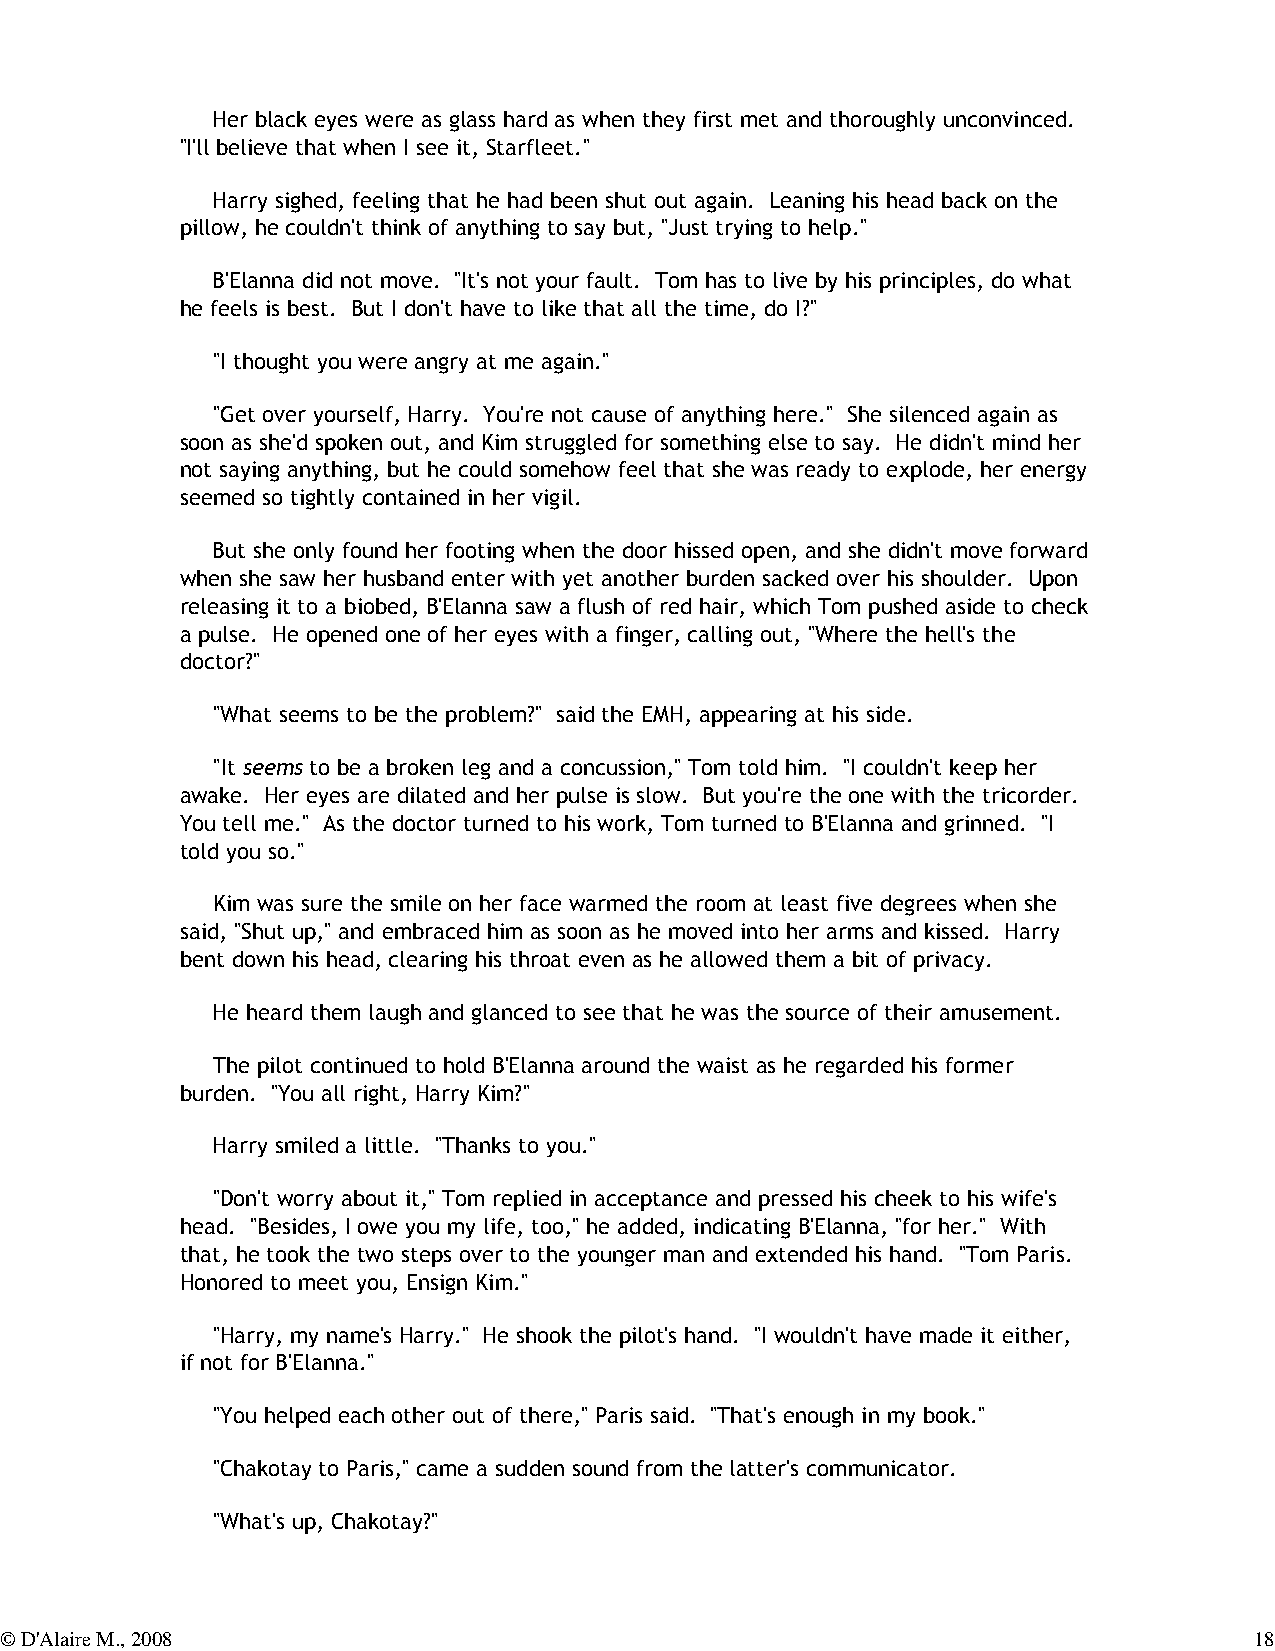
Her black eyes were as glass hard as when they first met and thoroughly unconvinced.
 "I'll believe that when I see it, Starfleet."
 Harry sighed, feeling that he had been shut out again. Leaning his head back on the
 pillow, he couldn't think of anything to say but, "Just trying to help."
 B'Elanna did not move. "It's not your fault. Tom has to live by his principles, do what
 he feels is best. But I don't have to like that all the time, do I?"
 "I thought you were angry at me again."
 "Get over yourself, Harry. You're not cause of anything here." She silenced again as
 soon as she'd spoken out, and Kim struggled for something else to say. He didn't mind her
 not saying anything, but he could somehow feel that she was ready to explode, her energy
 seemed so tightly contained in her vigil.
 But she only found her footing when the door hissed open, and she didn't move forward
 when she saw her husband enter with yet another burden sacked over his shoulder. Upon
 releasing it to a biobed, B'Elanna saw a flush of red hair, which Tom pushed aside to check
 a pulse. He opened one of her eyes with a finger, calling out, "Where the hell's the
 doctor?"
 "What seems to be the problem?" said the EMH, appearing at his side.
 "It seems to be a broken leg and a concussion," Tom told him. "I couldn't keep her
 awake. Her eyes are dilated and her pulse is slow. But you're the one with the tricorder.
 You tell me." As the doctor turned to his work, Tom turned to B'Elanna and grinned. "I
 told you so."
 Kim was sure the smile on her face warmed the room at least five degrees when she
 said, "Shut up," and embraced him as soon as he moved into her arms and kissed. Harry
 bent down his head, clearing his throat even as he allowed them a bit of privacy.
 He heard them laugh and glanced to see that he was the source of their amusement.
 The pilot continued to hold B'Elanna around the waist as he regarded his former
 burden. "You all right, Harry Kim?"
 Harry smiled a little. "Thanks to you."
 "Don't worry about it," Tom replied in acceptance and pressed his cheek to his wife's
 head. "Besides, I owe you my life, too," he added, indicating B'Elanna, "for her." With
 that, he took the two steps over to the younger man and extended his hand. "Tom Paris.
 Honored to meet you, Ensign Kim."
 "Harry, my name's Harry." He shook the pilot's hand. "I wouldn't have made it either,
 if not for B'Elanna."
 "You helped each other out of there," Paris said. "That's enough in my book."
 "Chakotay to Paris," came a sudden sound from the latter's communicator.
 "What's up, Chakotay?"
 © D'Alaire M., 2008                                                                18